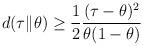
LaTeX: \begin{align*}d(\tau\|\theta)\ge \frac{1}{2} \frac{(\tau-\theta)^2}{\theta(1-\theta)} \end{align*}